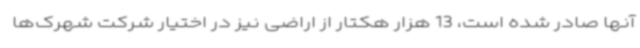
آنها صادر شده است، 13 هزار هکتار از اراضی نیز در اختیار شرکت شهرک‌ها